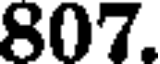
807.